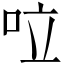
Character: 㕸